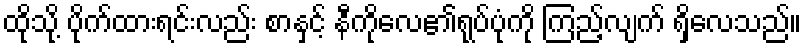
ထိုသို့ ပိုက်ထားရင်းလည်း စာနှင့် နီကိုလေ၏ရုပ်ပုံကို ကြည့်လျက် ရှိလေသည်။